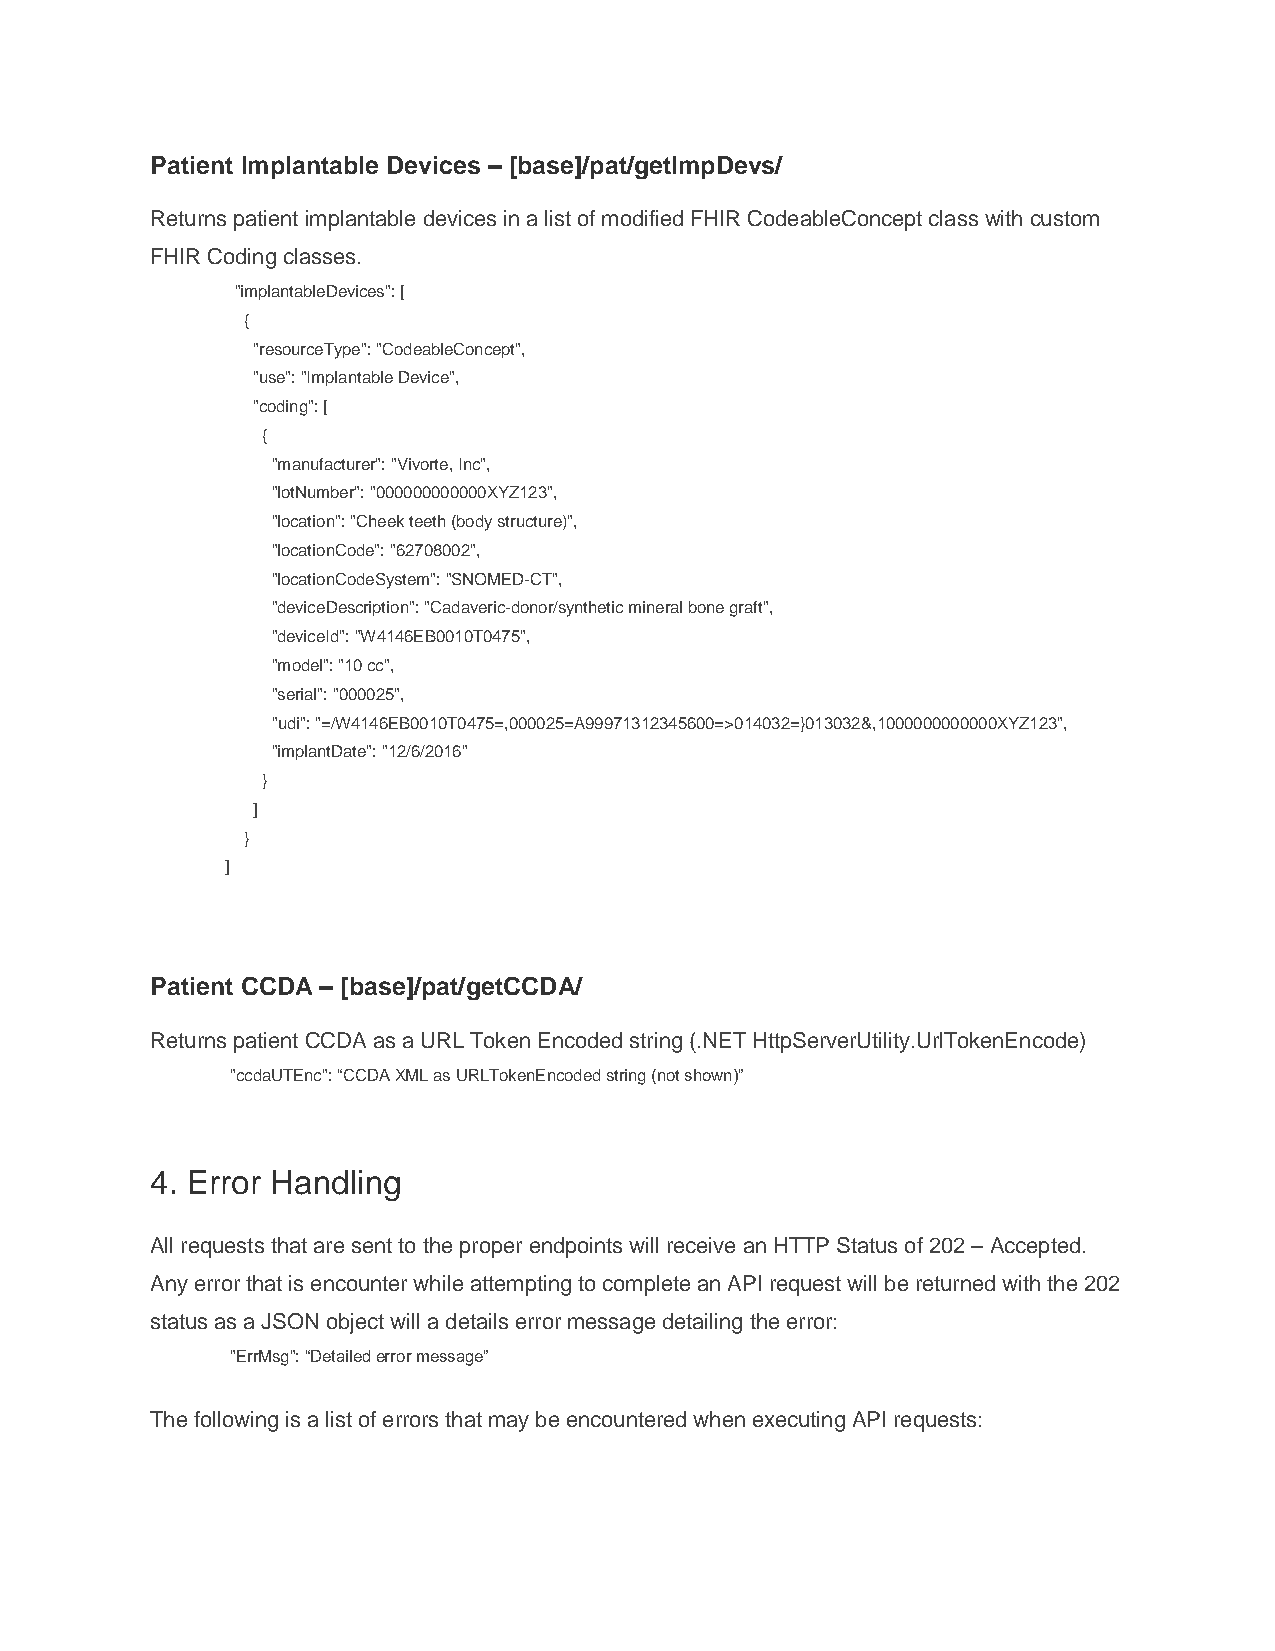
Patient Implantable Devices – [base]/pat/getImpDevs/
 Returns patient implantable devices in a list of modified FHIR CodeableConcept class with custom
 FHIR Coding classes.
 "implantableDevices": [
 {
 "resourceType": "CodeableConcept",
 "use": "Implantable Device",
 "coding": [
 {
 "manufacturer": "Vivorte, Inc",
 "lotNumber": "000000000000XYZ123",
 "location": "Cheek teeth (body structure)",
 "locationCode": "62708002",
 "locationCodeSystem": "SNOMED-CT",
 "deviceDescription": "Cadaveric-donor/synthetic mineral bone graft",
 "deviceId": "W4146EB0010T0475",
 "model": "10 cc",
 "serial": "000025",
 "udi": "=/W4146EB0010T0475=,000025=A99971312345600=>014032=}013032&,1000000000000XYZ123",
 "implantDate": "12/6/2016"
 }
 ]
 }
 ]
 Patient CCDA – [base]/pat/getCCDA/
 Returns patient CCDA as a URL Token Encoded string (.NET HttpServerUtility.UrlTokenEncode)
 "ccdaUTEnc": “CCDA XML as URLTokenEncoded string (not shown)”
 4. Error Handling
 All requests that are sent to the proper endpoints will receive an HTTP Status of 202 – Accepted.
 Any error that is encounter while attempting to complete an API request will be returned with the 202
 status as a JSON object will a details error message detailing the error:
 "ErrMsg": “Detailed error message”
 The following is a list of errors that may be encountered when executing API requests: